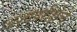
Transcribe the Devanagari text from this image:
अश्वपरीक्षेचे